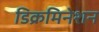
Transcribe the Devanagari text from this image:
डिक्रमिनेशन